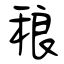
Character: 稂